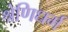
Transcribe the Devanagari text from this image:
श्रेणिधर्म